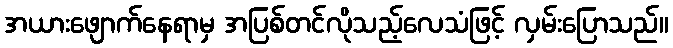
အယားဖျောက်နေရာမှ အပြစ်တင်လိုသည့်လေသံဖြင့် လှမ်းပြောသည်။